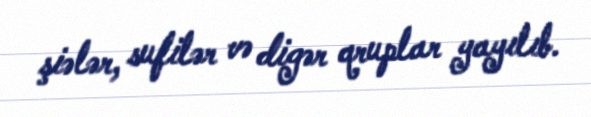
şiələr, sufilər və digər qruplar yayılıb.